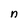
Character: n